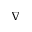
\nabla